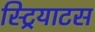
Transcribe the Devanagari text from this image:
स्ट्रियाटस